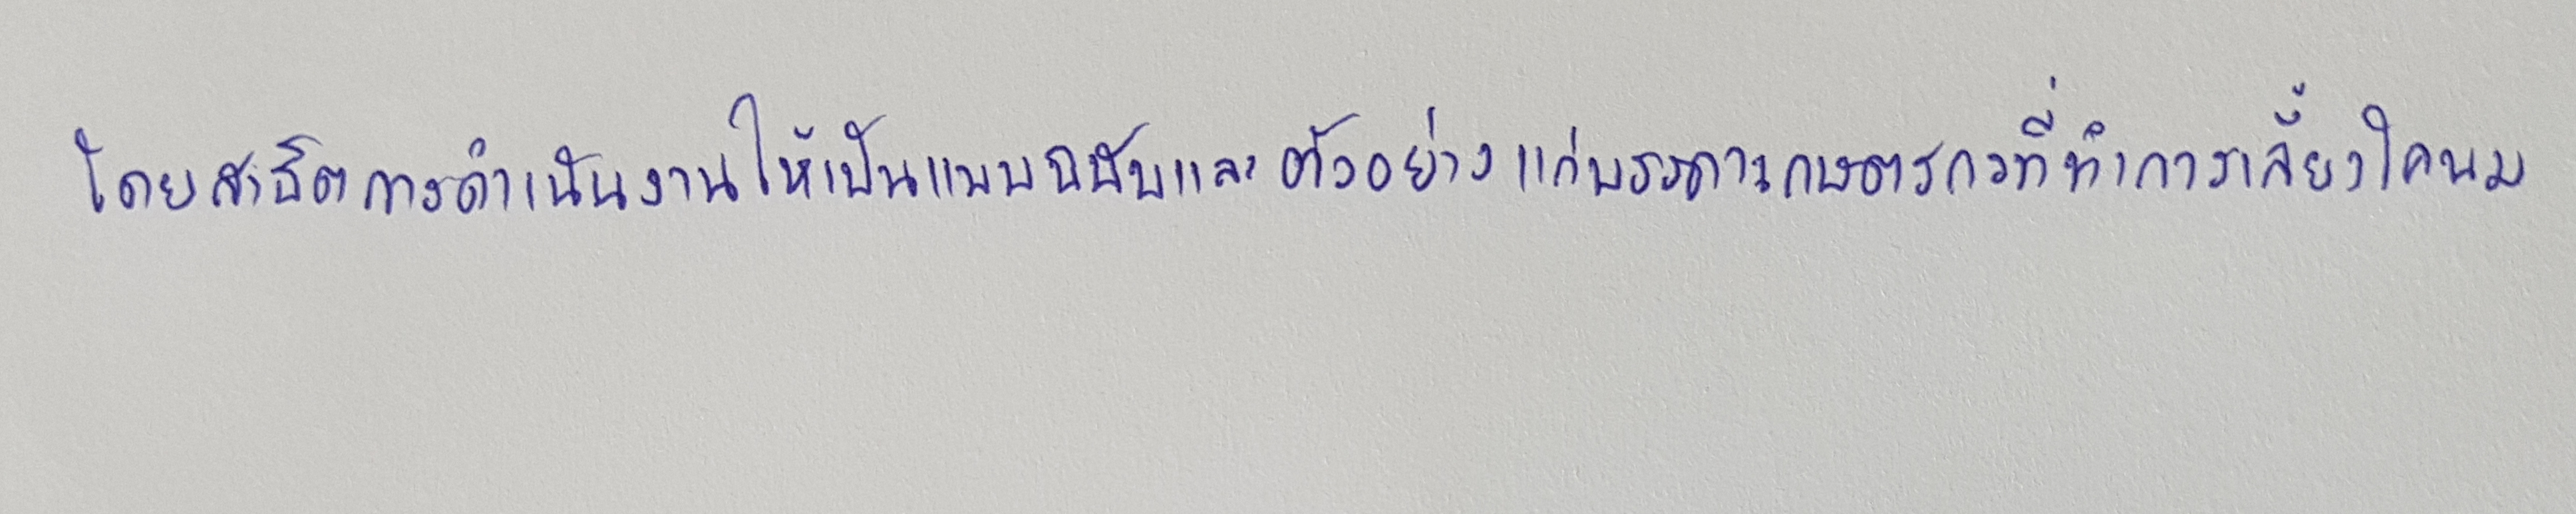
โดยสาธิตการดำเนินงานให้เป็นแบบฉบับและตัวอย่างแก่บรรดาเกษตรกรที่ทำการเลี้ยงโคนม